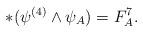
LaTeX: \begin{align*}\ast(\psi^{(4)}\wedge\psi_{A})=F_{A}^{7}.\end{align*}